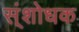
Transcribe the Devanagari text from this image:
स्ंशोधक